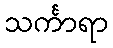
သင်္ကာရာ